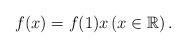
LaTeX: \begin{align*} f(x)=f(1)x \left(x\in\mathbb{R}\right). \end{align*}